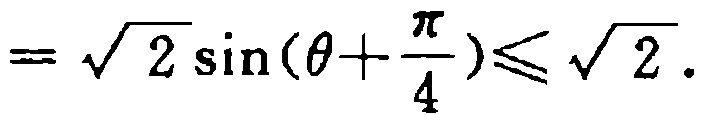
$=\sqrt{2}\sin(\theta +\frac{\pi}{4})\leqslant\sqrt{2}.$